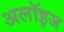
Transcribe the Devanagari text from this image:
अलॉइज